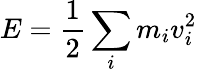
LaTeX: E={\frac{1}{2}}\sum_{i}m_{i}v_{i}^{2}